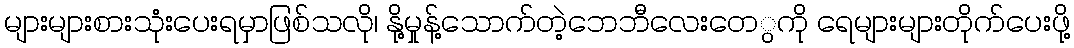
များများစားသုံးပေးရမှာဖြစ်သလို၊ နို့မှုန့်သောက်တဲ့ဘေဘီလေးတေွကို ရေများများတိုက်ပေးဖို့